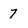
Character: 7